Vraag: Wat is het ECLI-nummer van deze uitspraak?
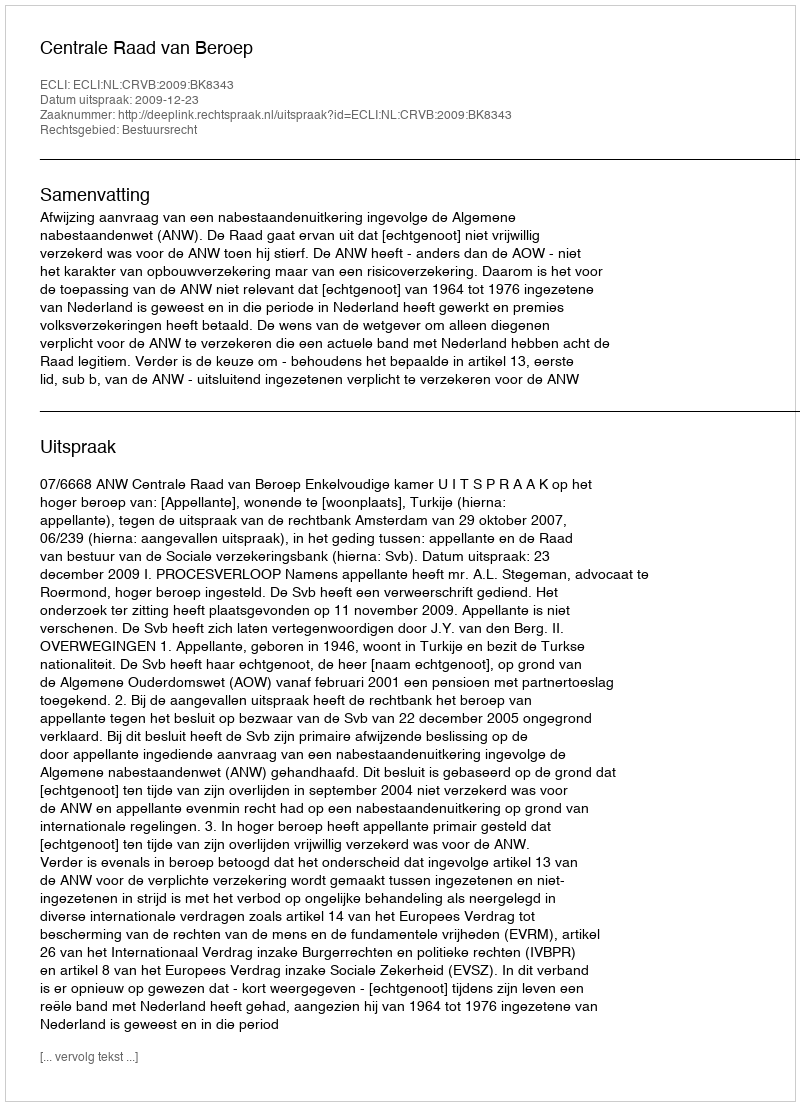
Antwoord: ECLI:NL:CRVB:2009:BK8343